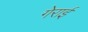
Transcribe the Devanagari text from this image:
गेराई